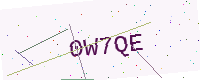
Text: 0W7QE